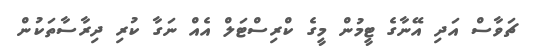
ޗަވާސް އަދި އޭނާގެ ޓީމުން މީގެ ކްރިސްޓަލް އެއް ނަގާ ކުރި ދިރާސާތަކުން